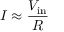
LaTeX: I \approx { \frac { V _ { \mathrm { i n } } } { R } }